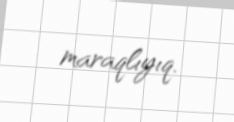
maraqlıyıq.